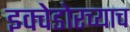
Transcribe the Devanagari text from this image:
इक्वेडोरच्याच